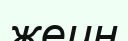
жеин